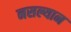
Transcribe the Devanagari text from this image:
नसल्यान